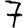
Digit: 7